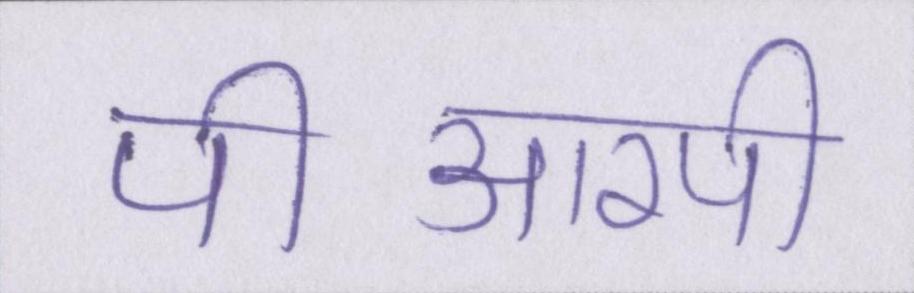
पीआरपी